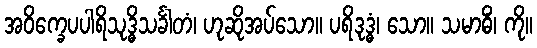
အဝိက္ခေပပါရိသုဒ္ဓိသင်္ခါတံ၊ ဟုဆိုအပ်သော။ ပရိဒုဒ္ဓံ၊ သော။ သမာဓိံ၊ ကို။